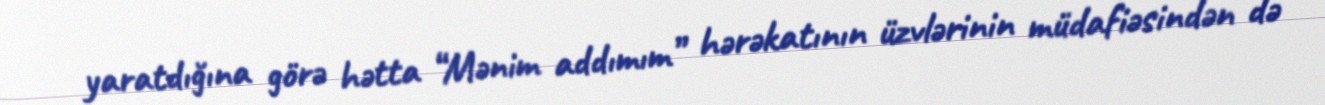
yaratdığına görə hətta “Mənim addımım” hərəkatının üzvlərinin müdafiəsindən də